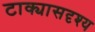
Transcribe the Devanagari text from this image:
टाक्यासदृश्य